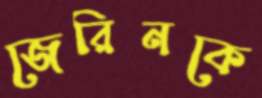
জেরিনকে